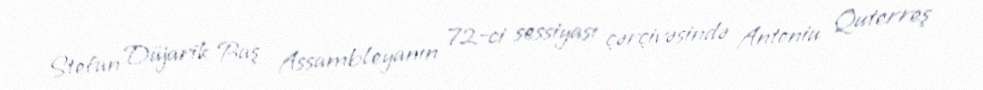
Stefan Düjarik Baş Assambleyanın 72-ci sessiyası çərçivəsində Antoniu Quterreş